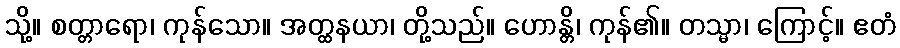
သို့။ စတ္တာရော၊ ကုန်သော။ အတ္ထနယာ၊ တို့သည်။ ဟောန္တိ၊ ကုန်၏။ တသ္မာ၊ ကြောင့်။ ဧတံ